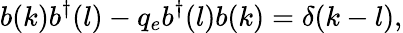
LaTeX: b(k)b^{\dagger}(l)-q_{e}b^{\dagger}(l)b(k)=\delta(k-l),